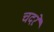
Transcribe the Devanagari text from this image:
चदरें